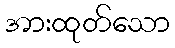
အားထုတ်သော